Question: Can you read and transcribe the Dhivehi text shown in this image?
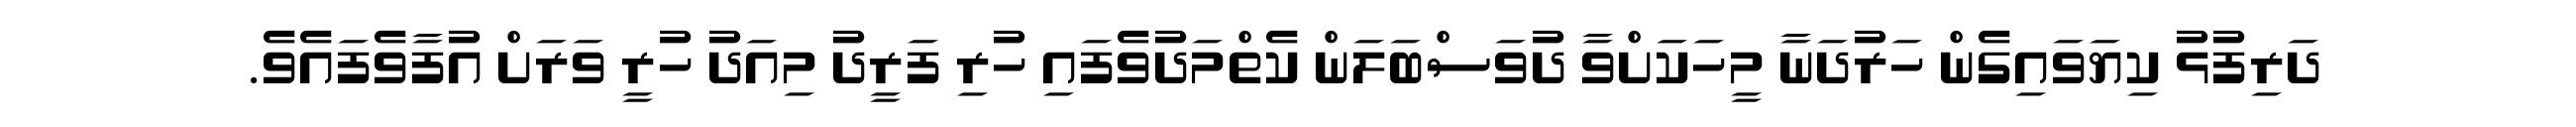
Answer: ދަރިފުޅު ކިޔަވައިގެން ހަރުދަނާ މީހަކަށްވާ ދުވަސްބަލަން ކެތްމަދުވެފައި ހުރި ފަރީދު މިއަދު ހުރީ ވަރަށް އުފާވެފައެވެ.